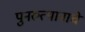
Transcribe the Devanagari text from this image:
पुनरुत्थानाचे